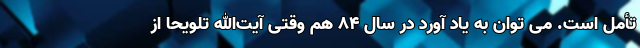
تأمل است. می توان به یاد آورد در سال 84 هم وقتی آیت‌الله تلویحا از